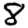
Digit: 8